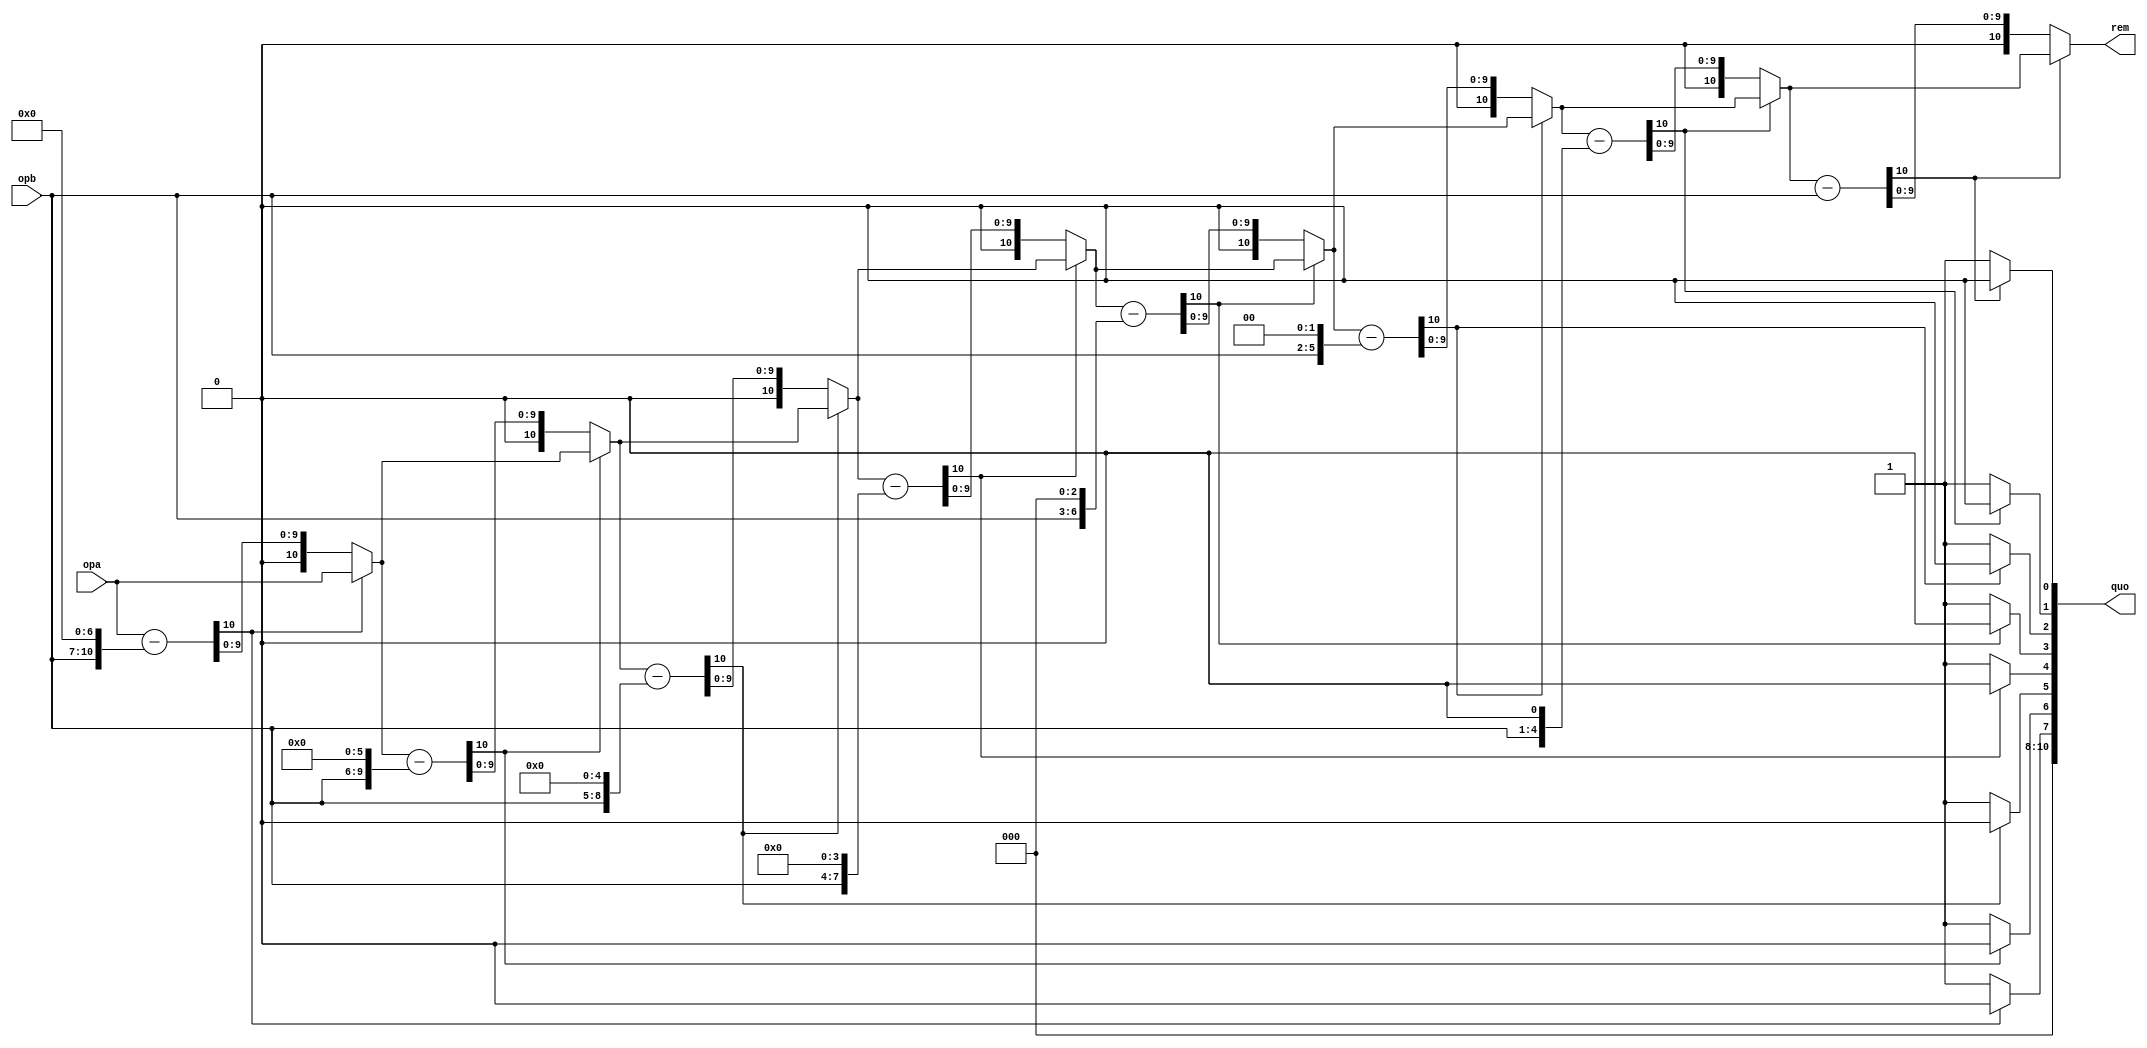
`define LSB_X 1'b0	
`define MSB_X 4'b1010 
`define LSB_Y 4'b1011
`define  MSB_Y 5'b10101
`define LSB_RunLength 5'b10110
`define MSB_RunLength 5'b11111 
`define LSB_RunSumValues 6'b100000
`define MSB_RunSumValues  6'b11111
`define LSB_RunSumXpositions 7'b1000000
`define MSB_RunSumXpositions 7'b1011111
`define LSB_RunSumYpositions  7'b1100000
`define MSB_RunSumYpositions 7'b1111111
`define LSB_EOFflag 1'b0
`define MSB_EOFflag 5'b11111
`define CONT_RANGE   5'b01010
`define BLOB_RANGE   5'b01010
`define FALSE 1'b0 
`define TRUE 1'b1
`define INIT 5'b00000
`define IDLE 5'b00001
`define CHECK_CONDITIONS 5'b00010
`define WRITE_FIFO 5'b00011
`define WAIT_FIFO 5'b00100
`define COMPUTE_CENTER 5'b00101
`define VALIDATE_CHECK_ADJACENT_CONTAINER 5'b00110
`define READ_FIFO 5'b00111
`define CONFIG_WRITE 5'b01000
`define  WRITE_WAIT 5'b01001
`define SELECT_EMPTY_CONTAINER 5'b01010
`define CHECK_ADJACENT_CONTAINTER 5'b01011
`define CHECK_CONT_ADJACENCY 5'b01100
`define MERGE_CONTAINER 5'b01101
`define WRITE_BLOB_0 4'b0000 
`define WRITE_BLOB_1 4'b0001 
`define WRITE_BLOB_2 4'b0010 
`define WRITE_BLOB_3 4'b0011 
`define WRITE_BLOB_4 4'b0100 
`define WRITE_BLOB_5 4'b0101
`define EOF 32'b00000000000000000000000000000000
`define MERGE_CONT_1_2 5'b01110
`define MERGE_CONT_1_3 5'b01111
`define MERGE_CONT_1_4 5'b10000
`define MERGE_CONT_1_5 5'b10001
`define MERGE_CONT_2_3 5'b10010
`define MERGE_CONT_2_4 5'b10011
`define MERGE_CONT_2_5 5'b10100
`define MERGE_CONT_3_4 5'b10101
`define MERGE_CONT_3_5 5'b10110
`define MERGE_CONT_4_5 5'b10111
`define MERGE_CONT_1_6 5'b11000
`define MERGE_CONT_2_6 5'b11001
`define MERGE_CONT_3_6 5'b11010
`define MERGE_CONT_4_6 5'b11011
`define MERGE_CONT_5_6 5'b11100

module divider(//clk, 
	opa, opb, quo, rem 
	//testy , testy2, testy_diff, dividend_test
	);   
   input  [10:0]  opa;
   input  [3:0]  opb;
   output [10:0]  quo, rem;
   //input         clk;
//output [49:0] testy;
//output [49:0] testy2;
//output [49:0] testy_diff;
//output [49:0] dividend_test;


//assign testy_diff = diff27;
//assign testy = quotient26;
//assign testy2 = divider_copy26;
//assign dividend_test = dividend_copy26;



   reg [10:0] quo, rem;

//  """"""""|
//     1011 |  <----  dividend_copy
// -0011    |  <----  divider_copy
//  """"""""|    0  Difference is negative: copy dividend and put 0 in quotient.
//     1011 |  <----  dividend_copy
//  -0011   |  <----  divider_copy
//  """"""""|   00  Difference is negative: copy dividend and put 0 in quotient.
//     1011 |  <----  dividend_copy
//   -0011  |  <----  divider_copy
//  """"""""|  001  Difference is positive: use difference and put 1 in quotient.
//            quotient (numbers above)   

   reg [10:0]    quotient0;
   reg [10:0]    dividend_copy0, diff0;
   reg [10:0]    divider_copy0;
   wire [10:0]   remainder0;

   reg [10:0]    quotient1;
   reg [10:0]    dividend_copy1, diff1;
   reg [10:0]    divider_copy1;
   wire [10:0]   remainder1;
 
   reg [10:0]    quotient2;
   reg [10:0]    dividend_copy2, diff2;
   reg [10:0]    divider_copy2;
   wire [10:0]   remainder2;
   
   reg [10:0]    quotient3;
   reg [10:0]    dividend_copy3, diff3;
   reg [10:0]    divider_copy3;
   wire [10:0]   remainder3;
   
   reg [10:0]    quotient4;
   reg [10:0]    dividend_copy4, diff4;
   reg [10:0]    divider_copy4;
   wire [10:0]   remainder4;
   
   reg [10:0]    quotient5;
   reg [10:0]    dividend_copy5, diff5;
   reg [10:0]    divider_copy5;
   wire [10:0]   remainder5;
   
   reg [10:0]    quotient6;
   reg [10:0]    dividend_copy6, diff6;
   reg [10:0]    divider_copy6;
   wire [10:0]   remainder6;
   
   reg [10:0]    quotient7;
   reg [10:0]    dividend_copy7, diff7;
   reg [10:0]    divider_copy7;
   wire [10:0]   remainder7;
   
   reg [10:0]    quotient8;
   reg [10:0]    dividend_copy8, diff8;
   reg [10:0]    divider_copy8;
   wire [10:0]   remainder8;
   
always @ (opa or opb)
begin
//stage initial
 quotient0 = 11'b00000000000;
 dividend_copy0 = opa;
 divider_copy0 = {opb,7'b0000000};
 
 //stage1
 diff1 = dividend_copy0 - divider_copy0;
 quotient1 [10:1] = quotient0[9:0] ;
 if (!diff1[10]) // if diff1[10] == 0 (diff is positive, use difference )
 begin
 dividend_copy1 = diff1;
 quotient1[0] = 1'b1;
 end
else   // diff was negative, use old dividend
begin
dividend_copy1 = dividend_copy0;
 quotient1[0] = 1'b0;

end
 divider_copy1 = (divider_copy0 >> 1);
//stage2
 diff2 = dividend_copy1 - divider_copy1;
 quotient2[10:1]  = quotient1 [9:0] ;
 if (!diff2[10])
 begin
 dividend_copy2 = diff2;
 quotient2[0] = 1'b1;
 end
 else
begin
dividend_copy2 = dividend_copy1;
 quotient2[0] = 1'b0;

end
 divider_copy2 = divider_copy1 >> 1;
 
 //stage3
 diff3 = dividend_copy2 - divider_copy2;
 quotient3[10:1]  = quotient2 [9:0] ;
 if (!diff3[10])
 begin
 dividend_copy3 = diff3;
 quotient3[0] = 1'b1;
 end
 else
begin
dividend_copy3 = dividend_copy2;
 quotient3[0] = 1'b0;

end
 divider_copy3 = divider_copy2 >> 1;
 
 //stage4
 diff4 = dividend_copy3 - divider_copy3;
 quotient4[10:1]  = quotient3 [9:0] ;
 if (!diff4[10])
 begin
 dividend_copy4 = diff4;
 quotient4[0] = 1'b1;
 end
 else
begin
dividend_copy4 = dividend_copy3;
 quotient4[0] = 1'b0;

end
 divider_copy4 = divider_copy3 >> 1;
  //stage5
 diff5 = dividend_copy4 - divider_copy4;
 quotient5[10:1]  = quotient4 [9:0] ;
 if (!diff5[10])
 begin
 dividend_copy5 = diff5;
 quotient5[0] = 1'b1;
 end
 else
begin
dividend_copy5 = dividend_copy4;
 quotient5[0] = 1'b0;

end
 divider_copy5 = divider_copy4 >> 1;
  //stage6
 diff6 = dividend_copy5 - divider_copy5;
 quotient6[10:1]  = quotient5 [9:0] ;
 if (!diff6[10])
 begin
 dividend_copy6 = diff6;
 quotient6[0] = 1'b1;
 end
 else
begin
dividend_copy6 = dividend_copy5;
 quotient6[0] = 1'b0;

end
 divider_copy6 = divider_copy5>> 1;
 
  //stage7
 diff7 = dividend_copy6 - divider_copy6;
 quotient7[10:1]  = quotient6 [9:0] ;
 if (!diff7[10])
 begin
 dividend_copy7 = diff7;
 quotient7[0] = 1'b1;
 end
 else
begin
dividend_copy7 = dividend_copy6;
 quotient7[0] = 1'b0;

end
 divider_copy7 = divider_copy6>> 1;
  //stage8
 diff8 = dividend_copy7 - divider_copy7;
 quotient8[10:1]  = quotient7 [9:0] ;
 if (!diff8[10])
 begin
 dividend_copy8 = diff8;
 quotient8[0] = 1'b1;
 end
 else
begin
dividend_copy8 = dividend_copy7;
 quotient8[0] = 1'b0;

end
 divider_copy8 = divider_copy7>> 1;
 
quo = quotient8;
rem =  dividend_copy8;

end

   //integer i;

   /*
always @(opa,opb) 
begin
    for (i=-1; i<8; i=i+1) 
begin
if (i==-1) 
begin
            // initialization
quotient = 10'd0;
dividend_copy = opa;
divider_copy = {opb,7'd0};
end 
else 
begin
diff = dividend_copy - divider_copy;
quotient = quotient ;

if( !diff[10] ) 
begin
dividend_copy = diff;
quotient[0] = 1'd1;
end
divider_copy = divider_copy >> 1;
end
end
end
*/

endmodule